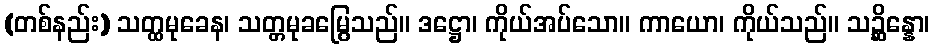
(တစ်နည်း) သတ္ထမုခေန၊ သတ္တမုခမြွေသည်။ ဒဋ္ဌော၊ ကိုယ်အပ်သော။ ကာယော၊ ကိုယ်သည်။ သဉ္ဆိန္နော၊